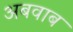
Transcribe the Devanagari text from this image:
अबवाब